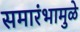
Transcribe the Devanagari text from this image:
समारंभामुळे